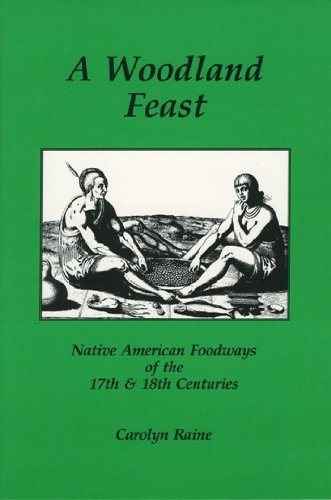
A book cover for A Woodland Feast: Native American Foodways of the 17th & 18th Centuries; Carolyn Raine; Cookbooks, Food & Wine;